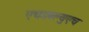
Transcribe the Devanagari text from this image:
एचडबल्युएच